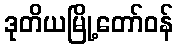
ဒုတိယမြို့တော်ဝန်